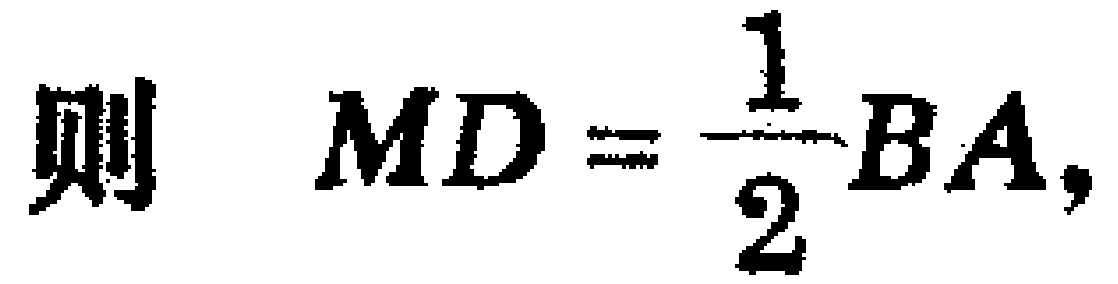
则 \(MD = \dfrac{1}{2}BA,\)